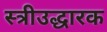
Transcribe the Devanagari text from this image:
स्त्रीउद्धारक